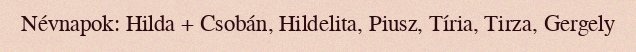
Névnapok: Hilda + Csobán, Hildelita, Piusz, Tíria, Tirza, Gergely